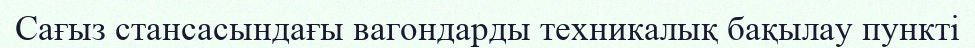
Сағыз стансасындағы вагондарды техникалық бақылау пункті